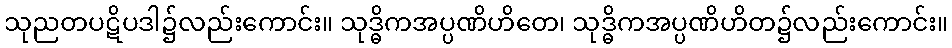
သုညတပဋိပဒါ၌လည်းကောင်း။ သုဒ္ဓိကအပ္ပဏိဟိတေ၊ သုဒ္ဓိကအပ္ပဏိဟိတ၌လည်းကောင်း။